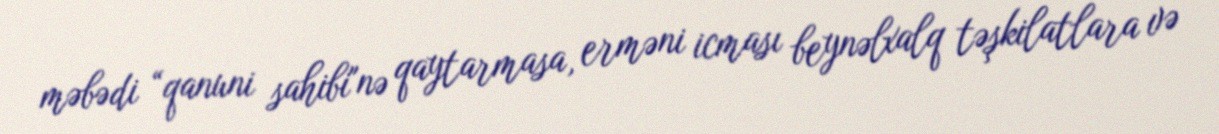
məbədi “qanuni sahibi"nə qaytarmasa, erməni icması beynəlxalq təşkilatlara və